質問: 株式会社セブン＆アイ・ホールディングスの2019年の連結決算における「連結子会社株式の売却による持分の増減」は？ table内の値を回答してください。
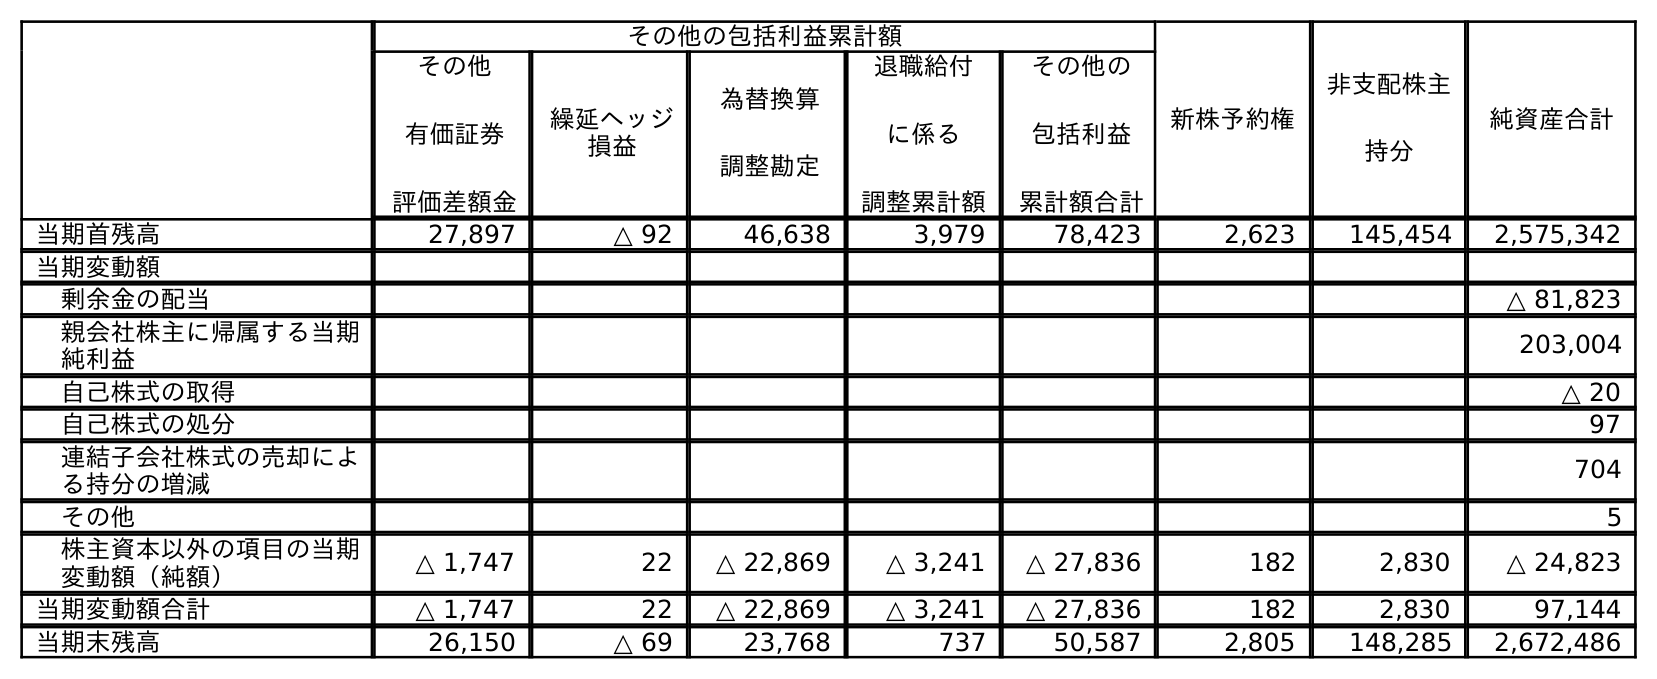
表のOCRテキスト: その他の包括利益累計額 新株予約権 非支配株主 持分 純資産合計 その他 有価証券 評価差額金 繰延ヘッジ 損益 為替換算 調整勘定 退職給付 に係る 調整累計額 その他の 包括利益 累計額合計 当期首残高 27,897 △ 92 46,638 3,979 78,423 2,623 145,454 2,575,342 当期変動額 剰余金の配当 △ 81,823 親会社株主に帰属する当期 純利益 203,004 自己株式の取得 △ 20 自己株式の処分 97 連結子会社株式の売却によ る持分の増減 704 その他 5 株主資本以外の項目の当期 変動額（純額） △ 1,747 22 △ 22,869 △ 3,241 △ 27,836 182 2,830 △ 24,823 当期変動額合計 △ 1,747 22 △ 22,869 △ 3,241 △ 27,836 182 2,830 97,144 当期末残高 26,150 △ 69 23,768 737 50,587 2,805 148,285 2,672,486
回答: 704